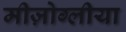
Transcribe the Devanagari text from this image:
मीज़ोग्लीया